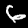
Label: 6